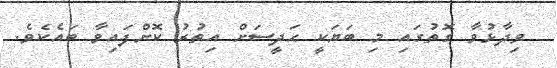
ވިދާޅުވާ ގޮތުގައި މި ބަޔަކީ ޙަދީސަށް އިތުރު ކޮށްފައިވާ ބައެކެވެ.